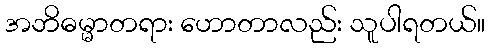
အဘိဓမ္မာတရား ဟောတာလည်း သူပါရတယ်။